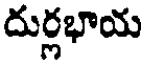
దుర్లభాయ